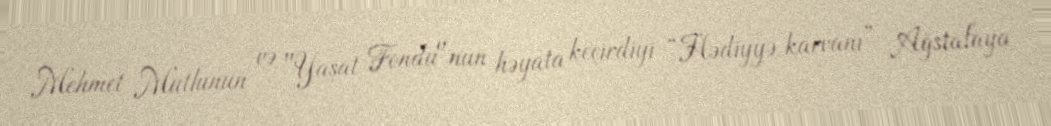
Mehmet Mutlunun və "Yaşat Fondu"nun həyata keçirdiyi “Hədiyyə karvanı” Ağstafaya